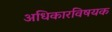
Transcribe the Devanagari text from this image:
अधिकारविषयक